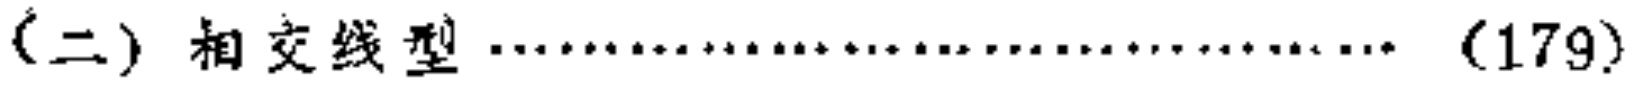
(二) 相交线型 \dotfill (179)